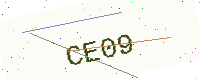
Text: CE09